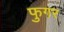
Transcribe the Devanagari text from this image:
फुगर